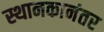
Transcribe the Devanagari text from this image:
स्थानकानंतर